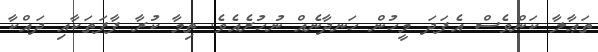
ތަޢާލާ ކަންވެސް އެފަދަ މީހުން ހަނދާނެއް ނުހުރެއެވެ. ތިމާ ކުރާ ފާފަތަކާއި ދައްކާ